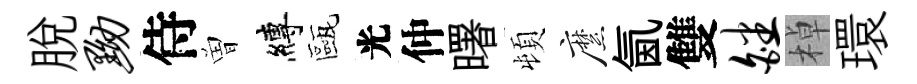
脫黝侍曽縛甌光仲曙頓縻氤雙皤棹環